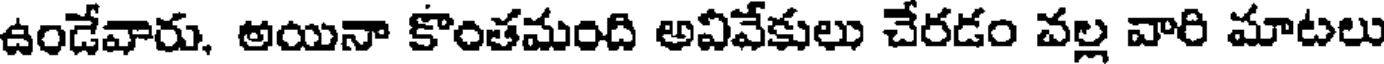
ఉండేవారు, అయినా కొంతమంది అవివేకులు చేరడం వల్ల వారి మాటలు